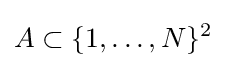
A\subset \{1,\ldots ,N\}^{2}